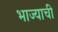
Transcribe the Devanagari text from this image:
भाज्याची